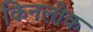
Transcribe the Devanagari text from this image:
किनलोक